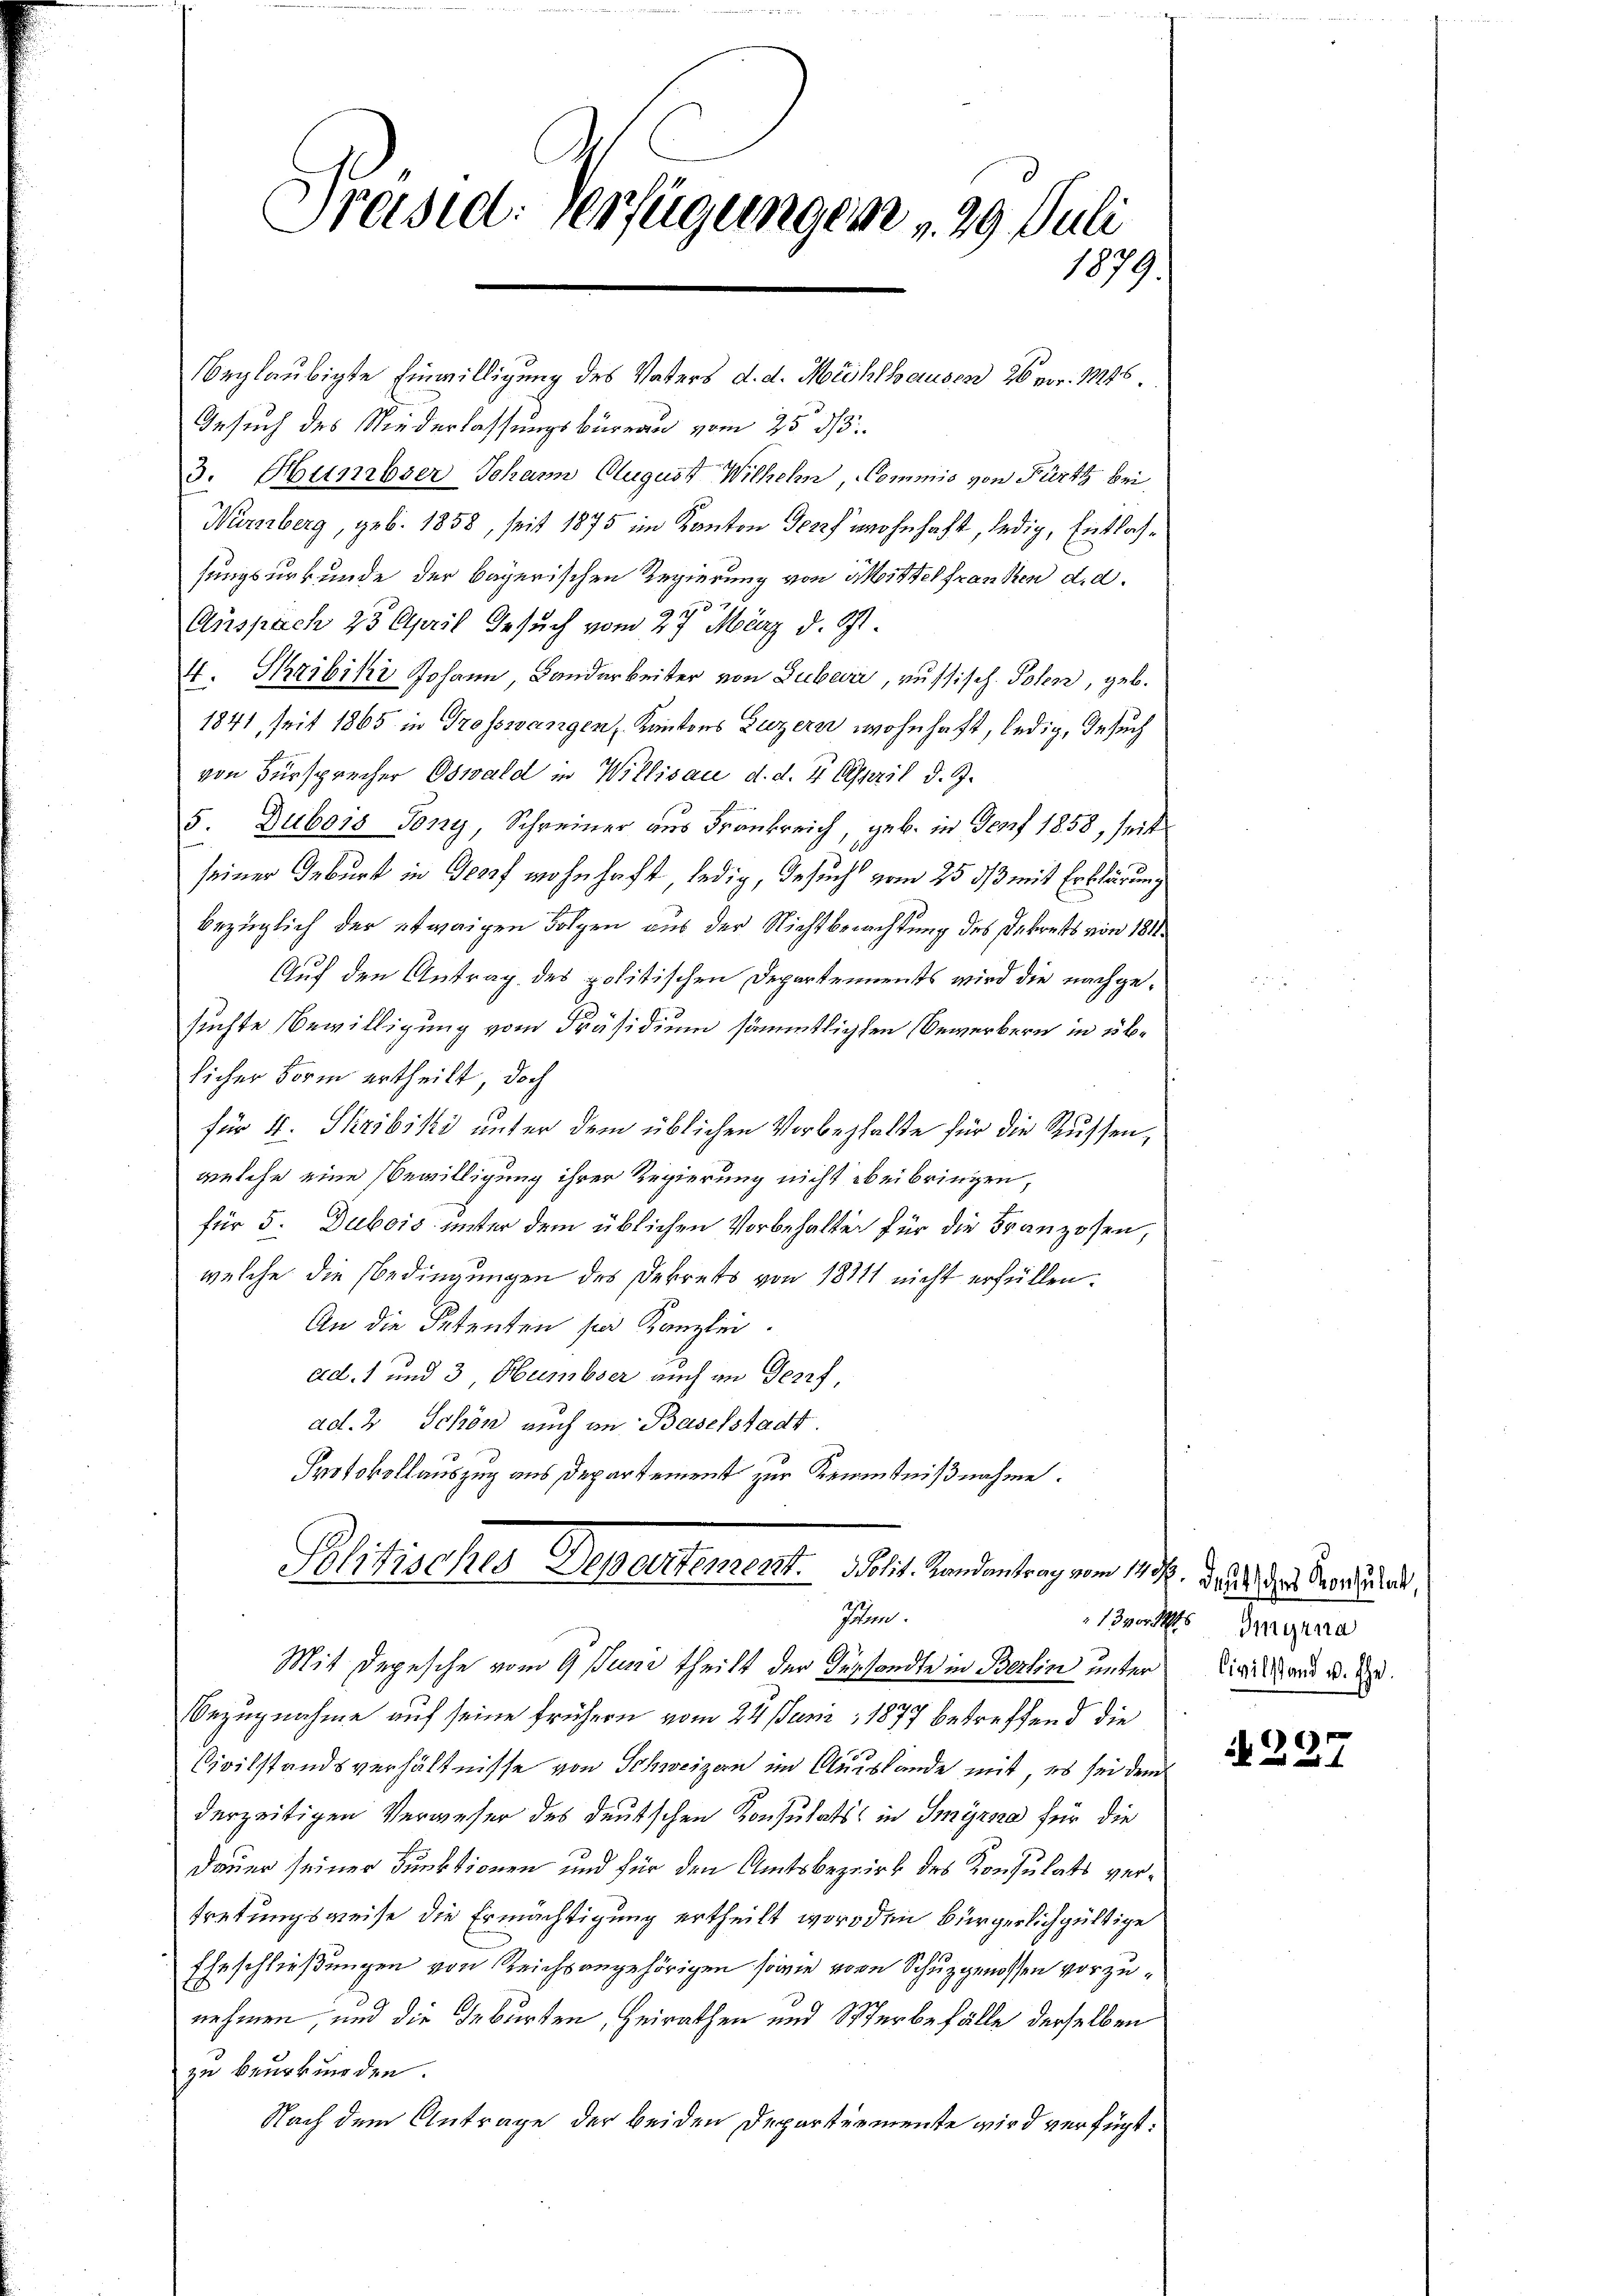
Präsid: verfügungen v. 29. Juli
1879

Gesuch des Niederlassungsbüreau vom 25. ds.
3. Hünibser Johann August Wilheln, Kommis von Fürth bei
Nürnberg, geb. 1858, seit 1875 im Kanton Gewohnhaft, ledig, Entlassungsurkunde der bayerischen Regierung von Mittel franken d. d.
3
Auspach 25 April Gesuch vom 27. März d. St.
4. Thribiki Johann Landarbeiter von Suber, russisch. Polen, geb.
1841, seit 1865 in Trosswangen, Kantons Luzern wohnhaft, ledig, Gesuch
von Fürsprecher Oswald in Willisau d. d. 4. April d. J.
5. Dubois Gony, Schreiner aus Frankreich, geb. in Genf 1858, seit
seiner Geburt in Georf wohnhaft, ledig, Gesuch vom 25. ds mit Erklärung
bezüglich der etwaigen Folgen aus der Nichtberachtung des Dekrets von 1811
Auf den Antrag des politischen Departements wird die nachgesuchte Bewilligung vom Präsidium sämmtlichen Bewerbern in üblicher Form ertheilt, doch
für 4. Skribiki unter dem üblichen Vorbehalte für die Russen,
welche eine Bewilligung ihrer Regierung nicht beibringen,
für 5. Dubois unter dem üblichen Vorbehalten für die Franzosen,
welche die Bedingungen des Dekrets von 18711 nicht erfüllen.
An die Petenten sei Kanzlei.
ad. 1 und 3, Humbser auch an Geset
ad. 3 Schön auch an Baselstadt.
Protokollauszug aus Departement zur Kenntnißnahme.
Politisches Departement. Polit. Landantrag vom 15. d. d. d. Verlurst,
Ihlen.
Mit Depesche vom 9 Juni theilt der Versandte in Berlin unter Dir and u. dr.
c
Bezugnahme auf seine frühern vom 24. Juni 1877 betreffend die
Civilstandsverhältnisse von Schweizern im Ausslande mit, es sei dem
derzeitigen Verweser des deutschen Konsulats in Imyrna für die
Dauer seiner Funktionen und für den Amtsbezirk des Konsulats vertretungsweise die Ermächtigung ertheilt worden bürgerlichgültige
Eheschließungen von Reichsangehörigen sowie vorn Schuzgenossen vorzunehmen, und die Geburten, Heirathen und Sterbefälle derselben
zu beurkunden.
Nach dem Antrage der beiden Departemente wird verfügt:

beglaubigte Einwilligung des Vaters d. d. Michlhausen 26 vor. 1846.

Bordes Imyrna

§ 237